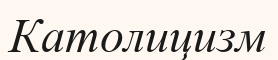
Католицизм